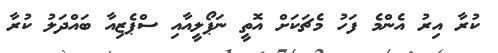
ކުރާ އިރު އެންމެ ފަހު މެޗަކަށް އޮތީ ނަޕޯލީއާއި ސްޕެޒިއާ ބައްްދަލު ކުރާ